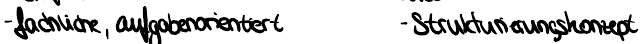
- fachliche, aufgabenorientiert    - Strukturierungskonzept